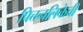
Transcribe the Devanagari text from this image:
पित्तनलिकेची